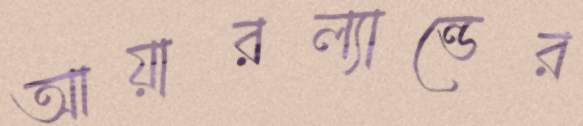
আয়ারল্যান্ডের